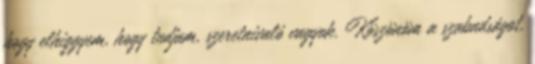
hogy elhiggyem, hogy tudjam, szeretnivaló vagyok. Köszönöm a szabadságot,